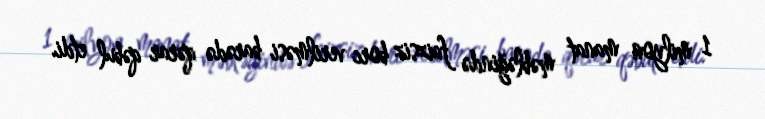
1 milyon manat məbləğində faizsiz borc verilməsi barədə qərar qəbul etdi.